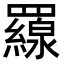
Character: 𦌶